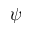
\psi